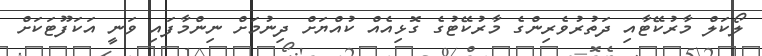
ލޯކަލް މާރުކޭޓާއި ދަތުރުވެރިންގެ މާރުކޭޓުގެ ގޮޅިއެއް ކުއްޔަށް ދިނުމަށް ނިންމާފައި ވަނީ އަކަފޫޓަކަށް